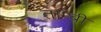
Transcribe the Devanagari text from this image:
ताम्बी